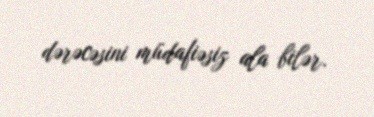
dərəcəsini müdafiəsiz ala bilər.